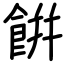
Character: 餠